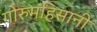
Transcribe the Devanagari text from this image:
गोरुमहिसानी